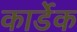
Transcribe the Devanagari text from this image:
कार्डेक